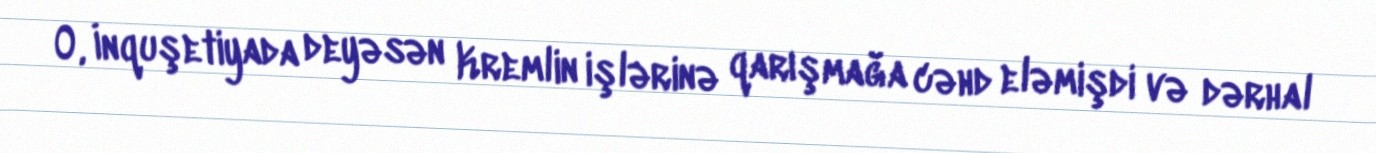
O, İnquşetiyada deyəsən Kremlin işlərinə qarışmağa cəhd eləmişdi və dərhal